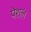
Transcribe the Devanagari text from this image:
पेशलं